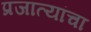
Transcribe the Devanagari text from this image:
प्रजात्यांचा